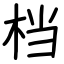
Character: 档